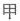
甲